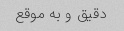
دقیق و به موقع